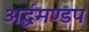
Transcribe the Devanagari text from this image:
अर्द्धमण्डप